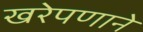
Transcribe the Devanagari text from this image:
खरेपणाने